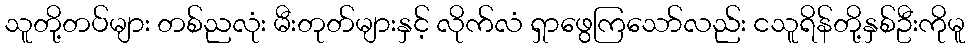
သူတို့တပ်များ တစ်ညလုံး မီးတုတ်များနှင့် လိုက်လံ ရှာဖွေကြသော်လည်း ငသူရိန်တို့နှစ်ဦးကိုမူ